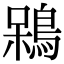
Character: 𪁣